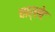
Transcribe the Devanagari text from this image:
चार्लेट